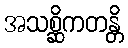
အသစ္ဆိကတန္တိ